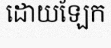
ដោយឡែក